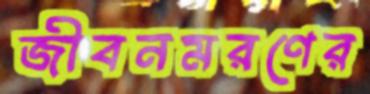
জীবনমরণের